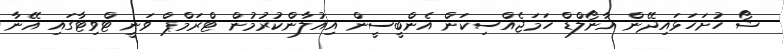
ޝޯ ހުށަހަޅައިދޭން އާނޯލްޑް ހަމަޖެއްސިކަން އެންބީސީން އިއުލާންކުރުމުން ޓްރަމްޕް ވަނީ ޓްވިޓާގައި އޭނާ